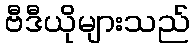
ဗီဒီယိုများသည်